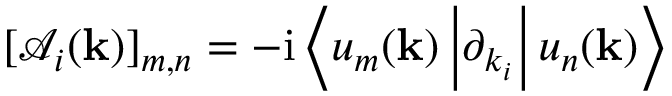
[ \mathcal { A } _ { i } ( { \bf k } ) ] _ { m , n } = - \mathrm { i } \left< u _ { m } ( { \bf k } ) \vphantom { \partial _ { k _ { i } } } \vphantom { u _ { n } ( { \bf k } ) } \left| \partial _ { k _ { i } } \vphantom { u _ { m } ( { \bf k } ) } \vphantom { u _ { n } ( { \bf k } ) } \right| u _ { n } ( { \bf k } ) \vphantom { u _ { m } ( { \bf k } ) } \vphantom { \partial _ { k _ { i } } } \right>